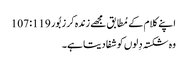
اپنے کلام کے مُطابق مجھے زندہ کر زبُور 119: 107
وہ شکستہ دِلوں کو شفا دیتا ہے۔